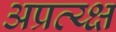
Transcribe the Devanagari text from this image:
अप्रत्य्क्ष